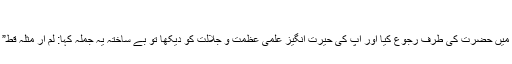
(٢)
ابو اسحق نے جب علمی مسائل کے سلسلے میں حضرت کی طرف رجوع کیا اور آپ کی حیرت انگیز علمی عظمت و جلالت کو دیکھا تو بے ساختہ یہ جملہ کہا: لم ار مثلہ قط” میں نے ان کے جیسا کسی کو نہیں دیکھا”۔